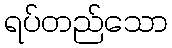
ရပ်တည်သော